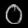
Digit: ၀